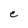
Character: e